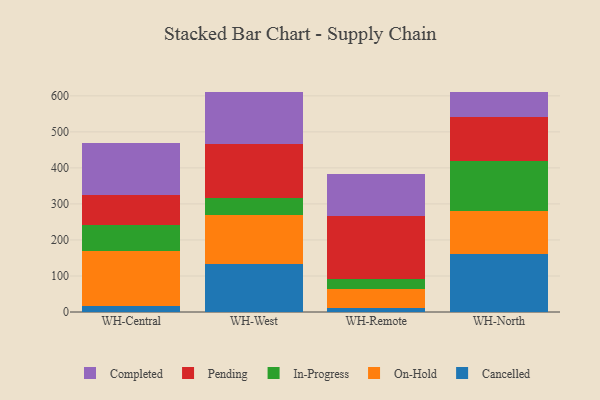
{"axis": {"x": "Warehouse", "y": "Demand Index"}, "legend": ["Cancelled", "Completed", "In-Progress", "On-Hold", "Pending"], "data": [{"x": "WH-Central", "y": 16.8, "type": "Cancelled"}, {"x": "WH-Central", "y": 152.6, "type": "On-Hold"}, {"x": "WH-Central", "y": 71.9, "type": "In-Progress"}, {"x": "WH-Central", "y": 82.6, "type": "Pending"}, {"x": "WH-Central", "y": 144.9, "type": "Completed"}, {"x": "WH-West", "y": 134.4, "type": "Cancelled"}, {"x": "WH-West", "y": 135.0, "type": "On-Hold"}, {"x": "WH-West", "y": 48.3, "type": "In-Progress"}, {"x": "WH-West", "y": 149.7, "type": "Pending"}, {"x": "WH-West", "y": 142.4, "type": "Completed"}, {"x": "WH-Remote", "y": 10.7, "type": "Cancelled"}, {"x": "WH-Remote", "y": 53.1, "type": "On-Hold"}, {"x": "WH-Remote", "y": 28.6, "type": "In-Progress"}, {"x": "WH-Remote", "y": 174.5, "type": "Pending"}, {"x": "WH-Remote", "y": 115.4, "type": "Completed"}, {"x": "WH-North", "y": 161.6, "type": "Cancelled"}, {"x": "WH-North", "y": 119.4, "type": "On-Hold"}, {"x": "WH-North", "y": 138.9, "type": "In-Progress"}, {"x": "WH-North", "y": 120.8, "type": "Pending"}, {"x": "WH-North", "y": 71.1, "type": "Completed"}]}